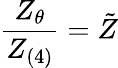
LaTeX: \frac{Z_{\theta}}{Z_{(4)}}=\tilde{Z}